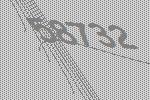
58732